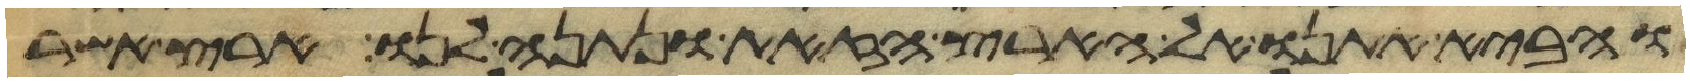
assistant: והביא אתנו אל הארץ הזאת ונתנה לנו ארץ אשר